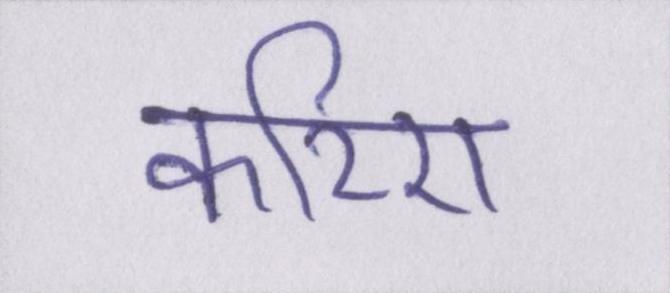
करिए